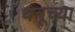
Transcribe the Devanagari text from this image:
धनूच्या